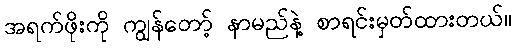
အရက်ဖိုးကို ကျွန်တော့် နာမည်နဲ့ စာရင်းမှတ်ထားတယ်။